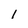
Character: l